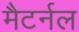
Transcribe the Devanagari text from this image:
मैटर्नल